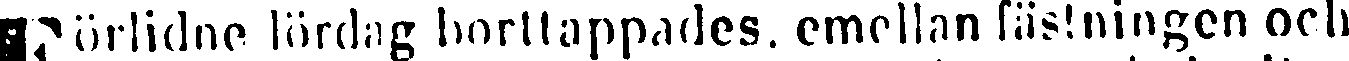
Förlidne lördag borttappades, emellan fästningen och